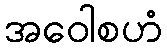
အဝေါစဟံ